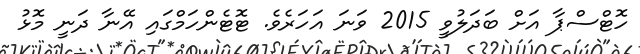
ހޮޓްސްޕާ އަށް ބަދަލުވީ 2015 ވަނަ އަހަރެވެ. ޓޮޓެންހަމްގައި އޭނާ ދަނީ މޮޅު